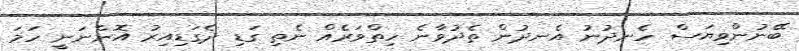
ބޭނުންވިޔަސް ހެނދުނު އެނދުން ތެދުވާނެ ހިތްވަރެއް ނެތި ގަޑި ދެގަޑިއިރު އޮންނަނީ ހަމަ